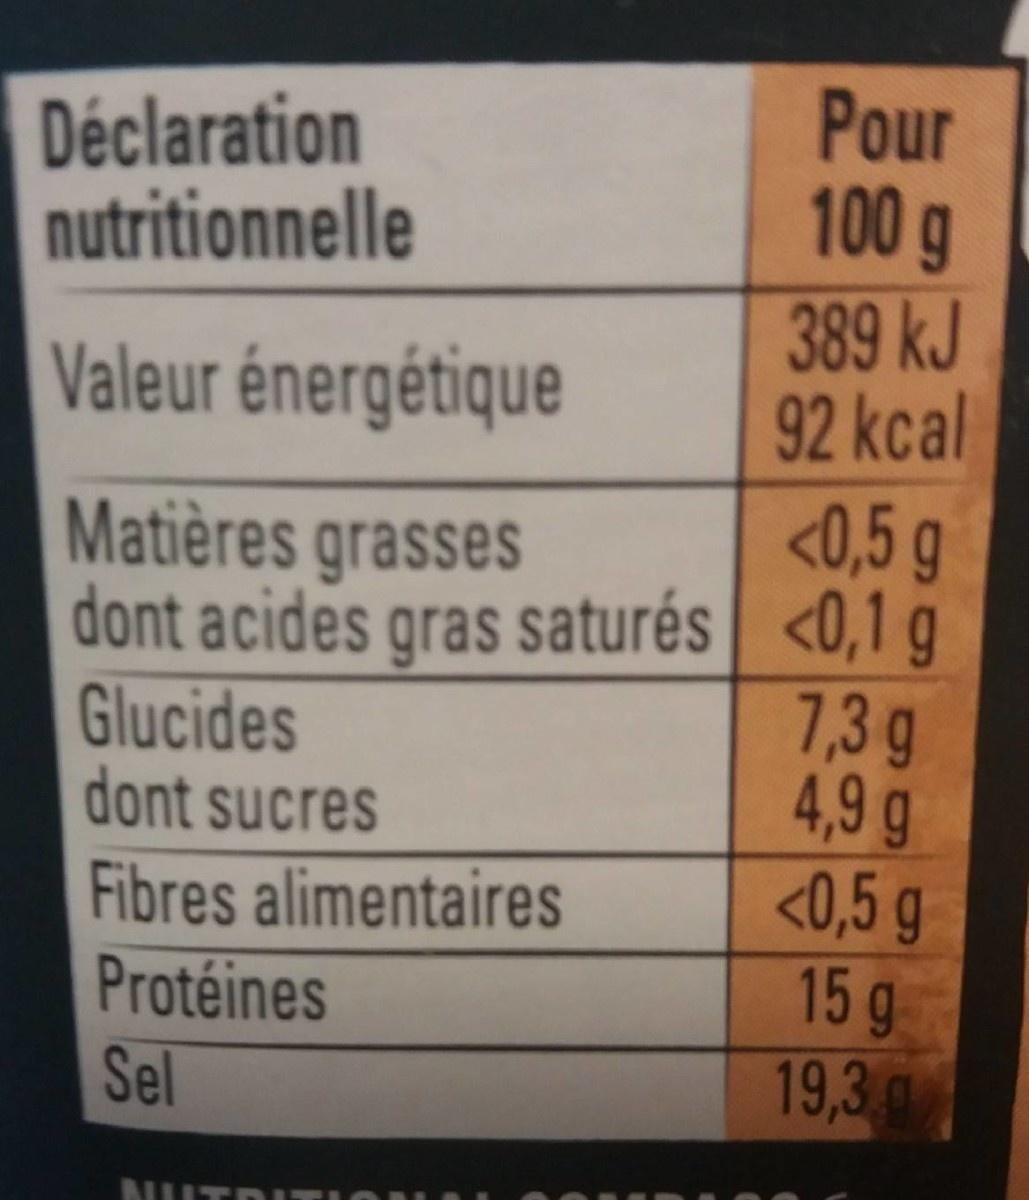
Pour 100g 389 kJ 92kcal <0,5 g <0,1 g Déclaration nutritionnelle Valeur énergétique Matières grasses dont acides gras saturés 7,3g 4,9g <0,5 g 15g 19,3 Glucides dont sucres Fibres alimentaires Protéines Sel